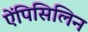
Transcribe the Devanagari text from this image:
ऐंपिसिलिन